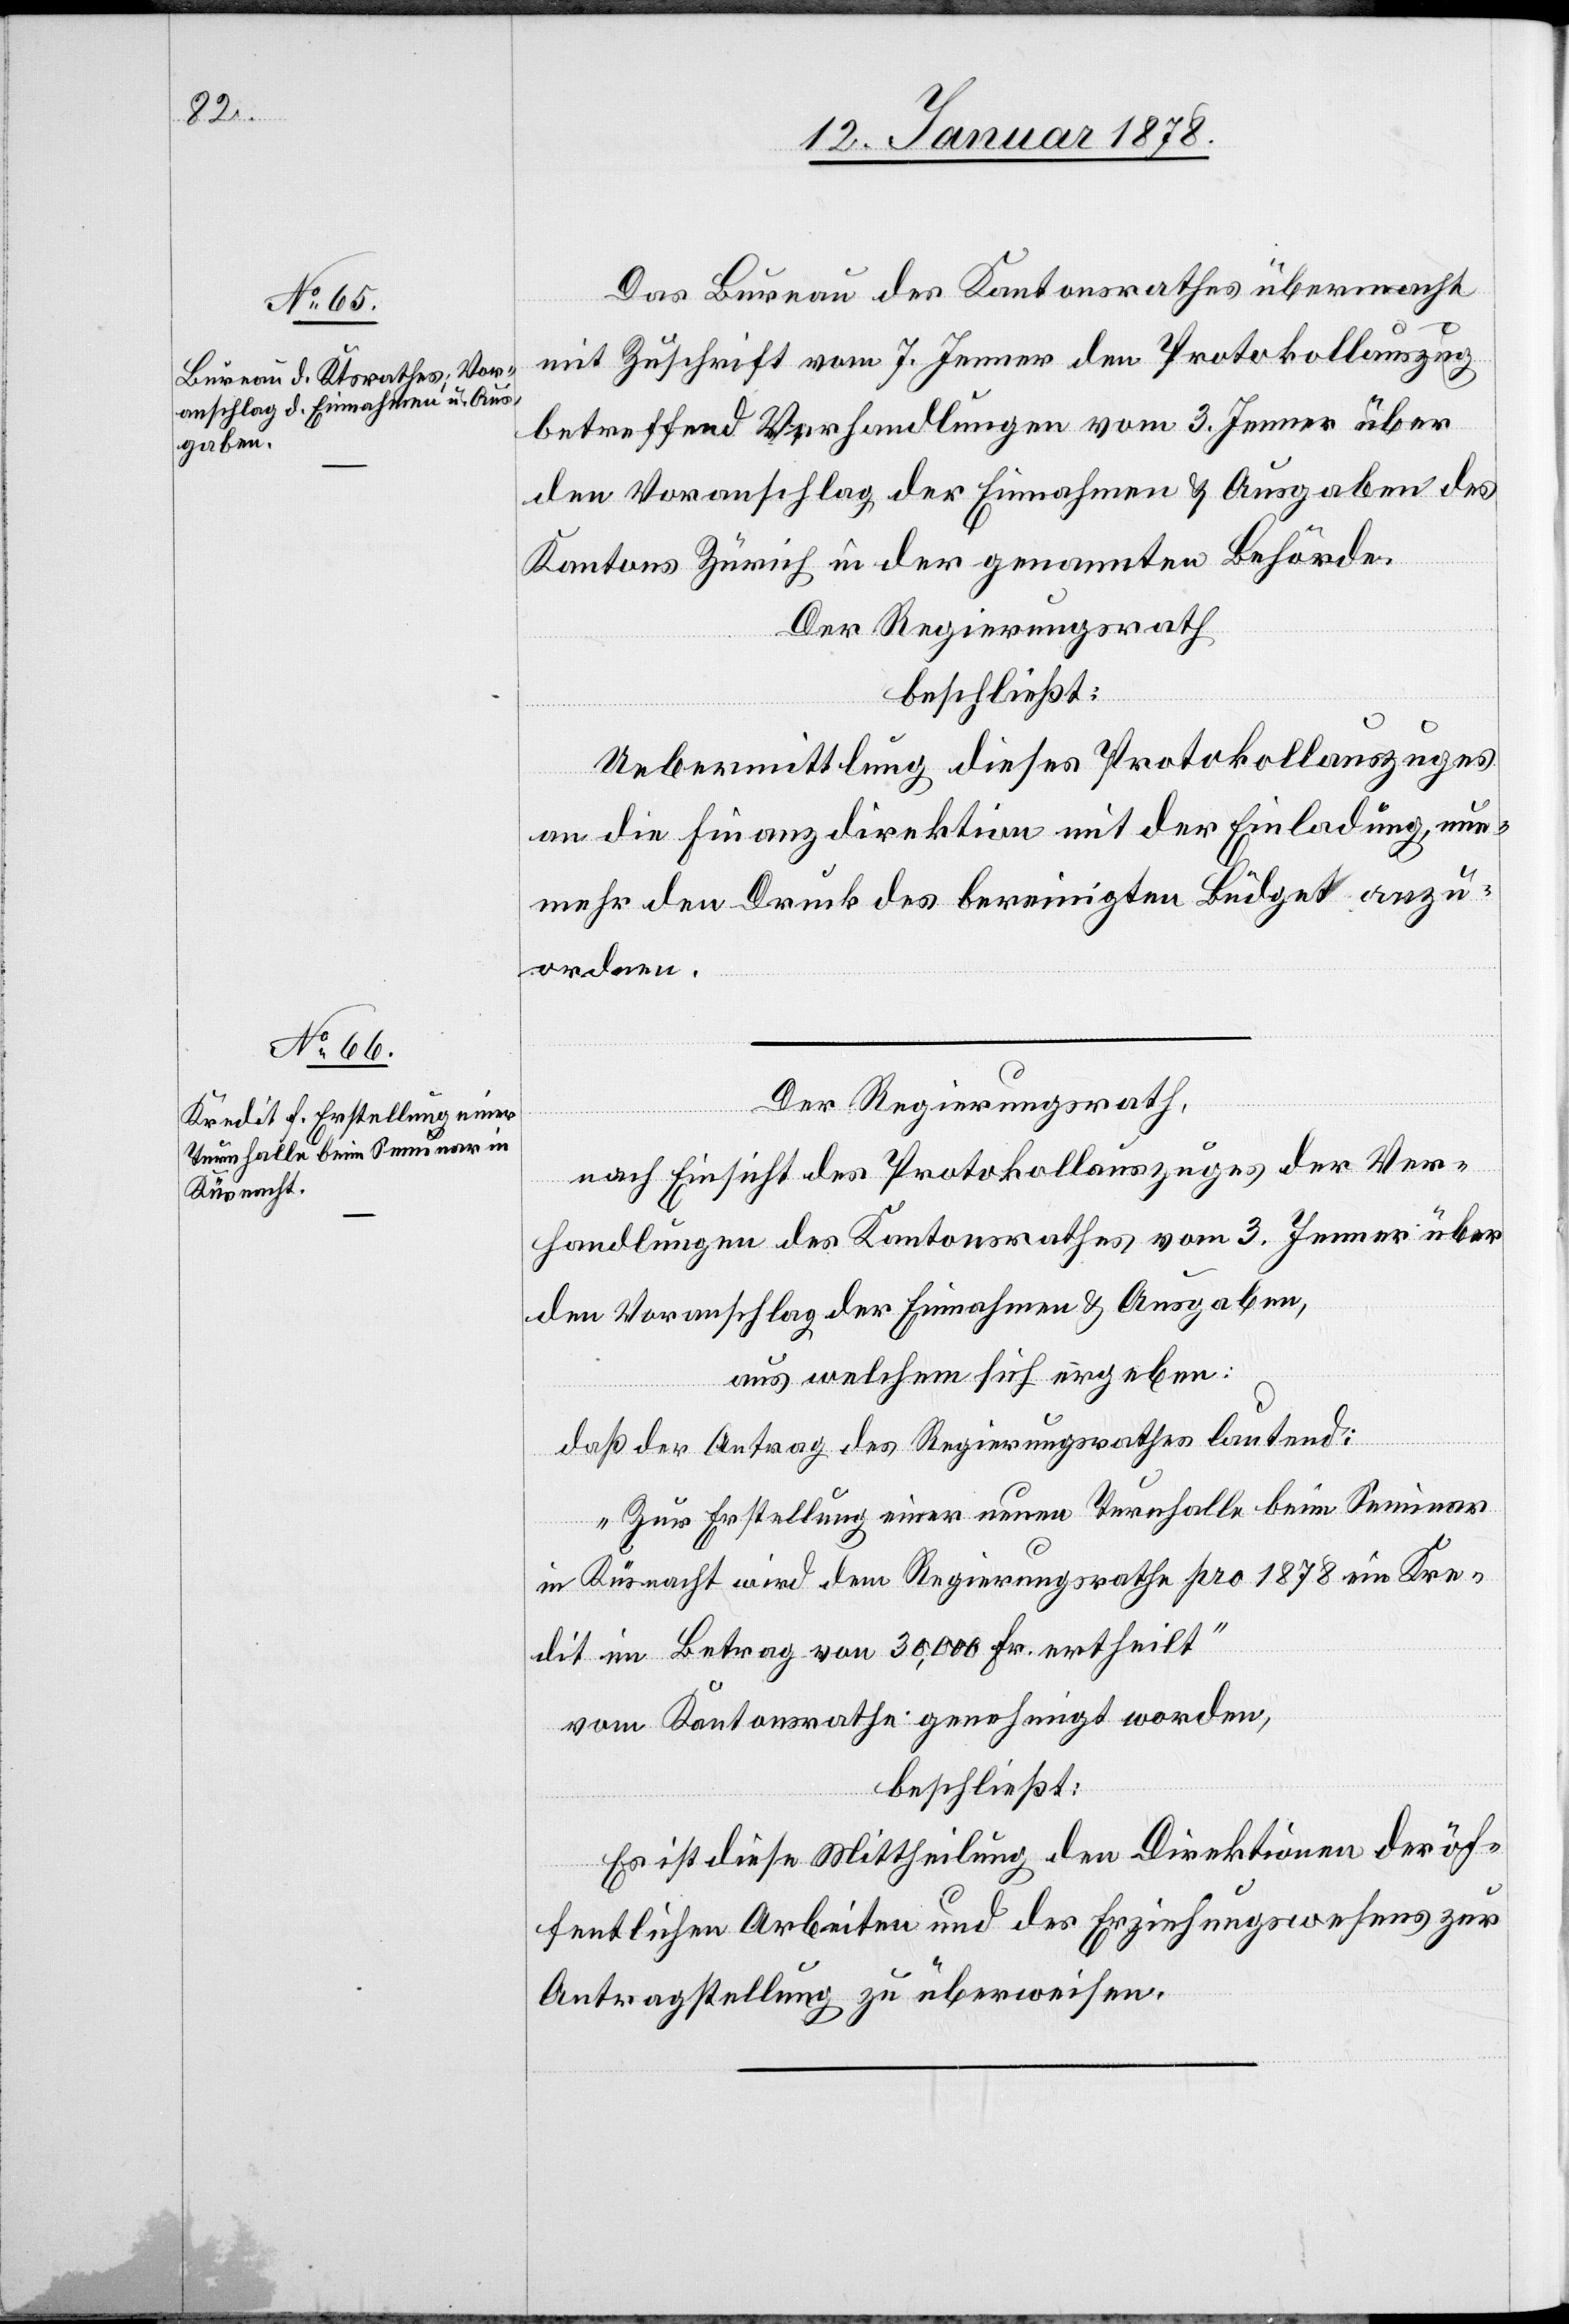
Das Bureau des Kantonsrathes übermachte
mit Zuschrift vom 7. Jenner den Protokollauszug
betreffend Verhandlungen vom 3. Jenner über
den Voranschlag der Einnahmen & Ausgaben des
Kantons Zürich in der genannten Behörde.
Der Regierungsrath
beschließt:
Uebermittlung dieses Protokollauszuges
an die Finanzdirektion mit der Einladung, nun¬
mehr den Druck des bereinigten Büdget anzu¬
ordnen.
Der Regierungsrath,
nach Einsicht des Protokollauszuges der Ver¬
handlungen des Kantonsrathes vom 3. Jenner über
den Voranschlag der Einnahmen & Ausgaben,
aus welchem sich ergeben:
daß der Antrag des Regierungsrathes lautend:
„Zur Erstellung einer neuen Turnhalle beim Seminar
in Küsnacht wird dem Regierungsrathe pro 1878 ein Kre¬
dit im Betrag von 30,000 Fr. ertheilt.“
vom Kantonsrathe genehmigt worden,
beschließt:
Es ist diese Mittheilung den Direktionen der öf¬
fentlichen Arbeiten und des Erziehungswesens zur
Antragstellung zu überweisen.